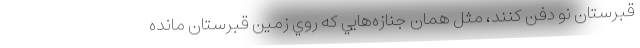
قبرستان نو دفن كنند، مثل همان جنازه‌هايي كه روي زمين قبرستان مانده